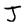
Character: J